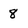
Character: 8